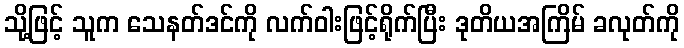
သို့ဖြင့် သူက သေနတ်ဒင်ကို လက်ဝါးဖြင့်ရိုက်ပြီး ဒုတိယအကြိမ် ခလုတ်ကို